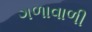
ગળાવાળી